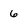
Character: 6